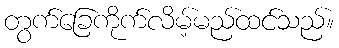
တွက်ခြေကိုက်လိမ့်မည်ထင်သည်။